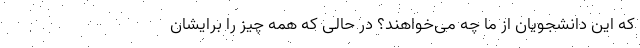
که این دانشجویان از ما چه می‌خواهند؟ در حالی که همه چیز را برایشان